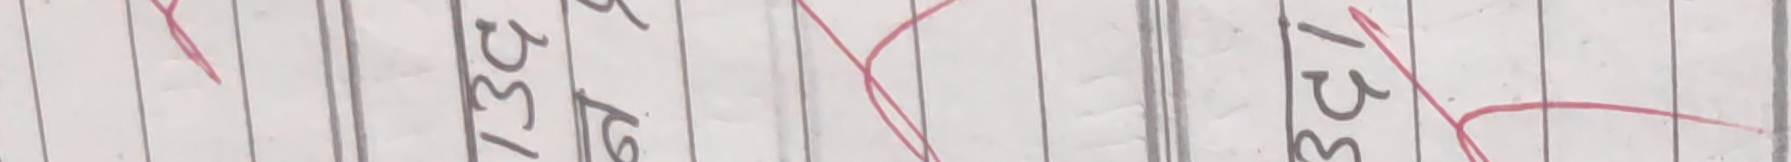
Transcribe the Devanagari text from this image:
१३४ १३८